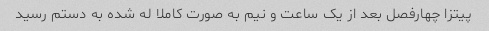
پیتزا چهارفصل بعد از یک ساعت و نیم به صورت کاملا له شده به دستم رسید